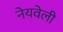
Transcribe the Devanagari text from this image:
नेयवेली